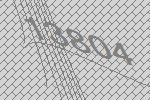
13804